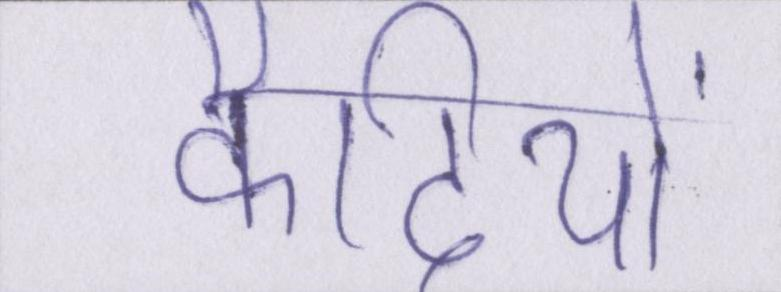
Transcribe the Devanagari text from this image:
कैदियों